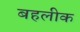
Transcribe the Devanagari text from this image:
बहलीक